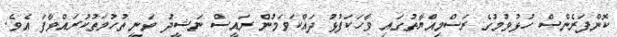
ކޮންފަރެންސް ހުޅުވުމުގެ ރަސްމިއްޔާތުގައި ވާހަކަފުޅު ދައްކަވަމުން ރައީސް ނަޝީދު ވަނީ ތުހުމަތުކުރައްވާފަ އެވެ.